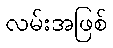
လမ်းအဖြစ်